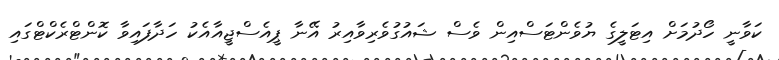
ކަވާނީ ހޯދުމަށް އިޓަލީގެ ޔުވެންޓަސްއިން ވެސް ޝައުގުވެރިވާއިރު އޭނާ ޕީއެސްޖީއާއެކު ހަދާފައިވާ ކޮންޓްރެކްޓްގައި